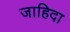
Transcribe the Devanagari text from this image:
जाहिदा